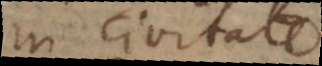
in civitate